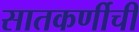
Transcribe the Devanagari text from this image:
सातकर्णीची